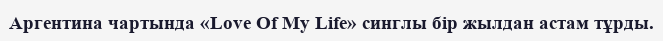
Аргентина чартында «Love Of My Life» синглы бір жылдан астам тұрды.